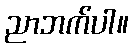
ညာဘက်ပါ။